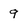
Character: 9